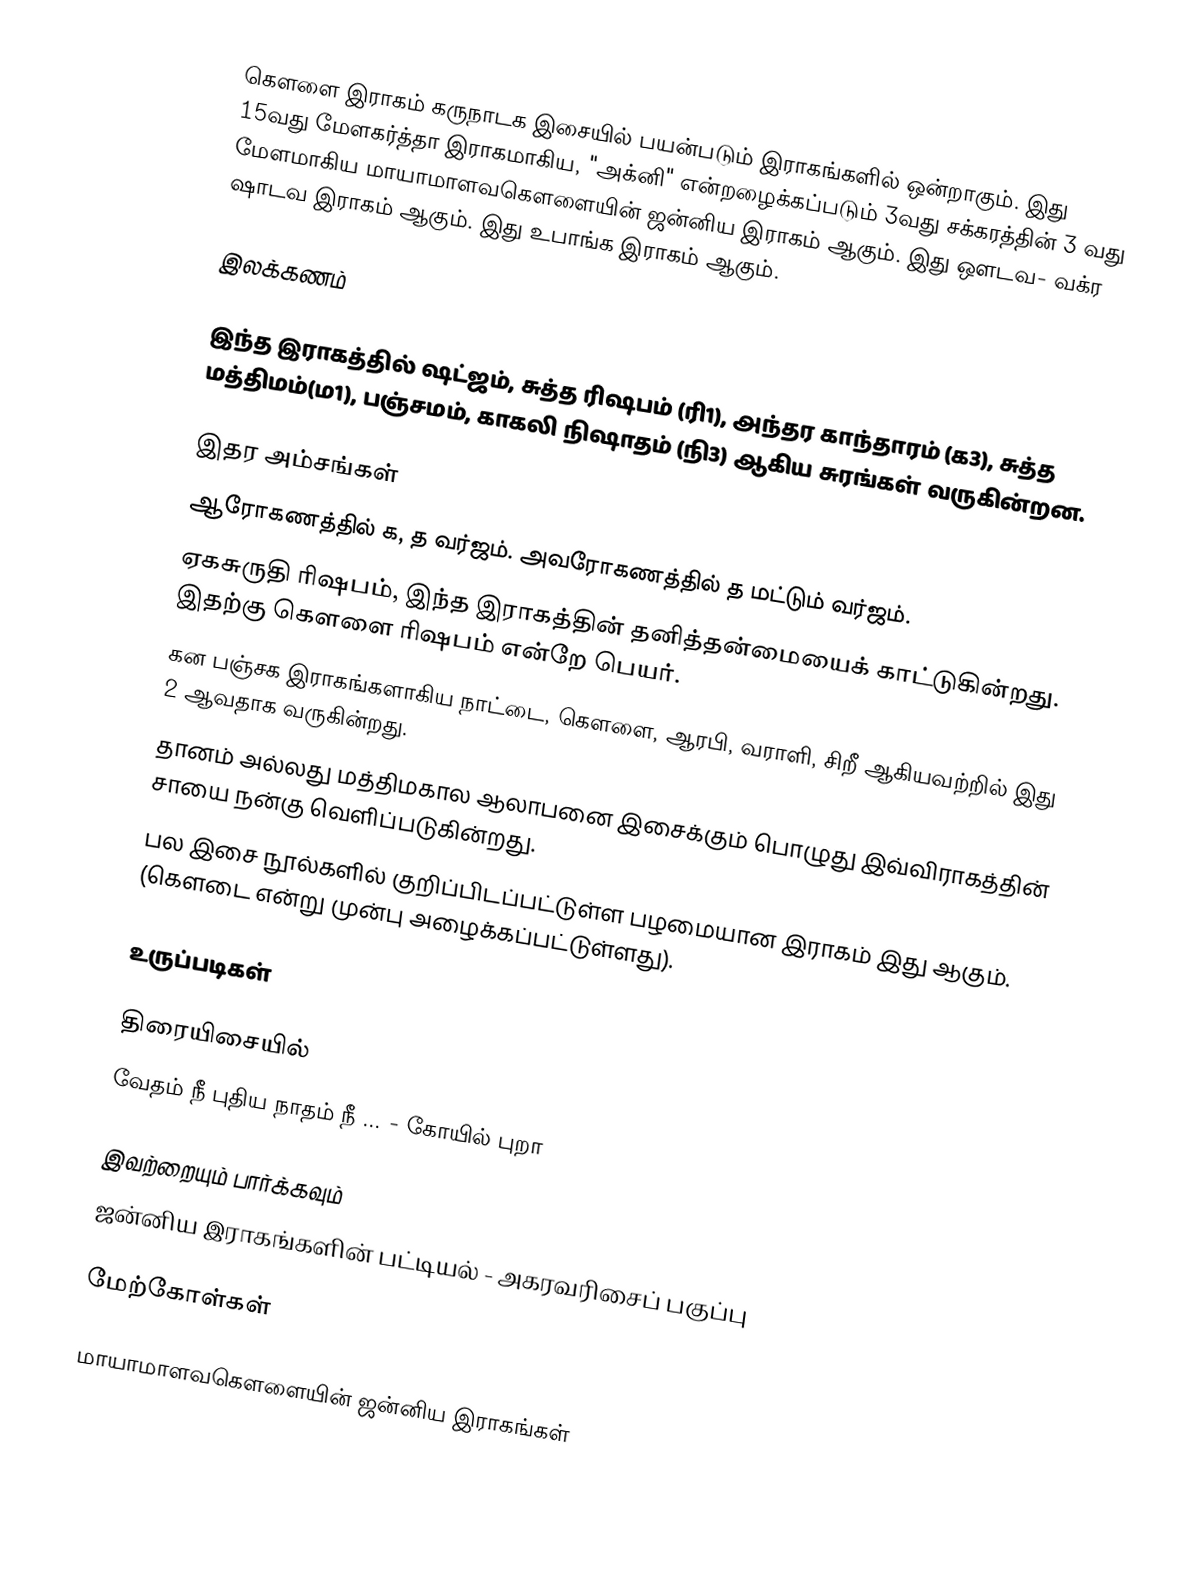
கௌளை இராகம் கருநாடக இசையில் பயன்படும் இராகங்களில் ஒன்றாகும். இது 15வது மேளகர்த்தா இராகமாகிய, "அக்னி" என்றழைக்கப்படும் 3வது சக்கரத்தின் 3 வது மேளமாகிய மாயாமாளவகௌளையின் ஜன்னிய இராகம் ஆகும். இது ஔடவ- வக்ர ஷாடவ இராகம் ஆகும். இது உபாங்க இராகம் ஆகும்.

இலக்கணம்

 இந்த இராகத்தில் ஷட்ஜம், சுத்த ரிஷபம் (ரி1), அந்தர காந்தாரம் (க3), சுத்த மத்திமம்(ம1), பஞ்சமம், காகலி நிஷாதம் (நி3) ஆகிய சுரங்கள் வருகின்றன.

இதர அம்சங்கள்
 ஆரோகணத்தில் க, த வர்ஜம். அவரோகணத்தில் த மட்டும் வர்ஜம்.
 ஏகசுருதி ரிஷபம், இந்த இராகத்தின் தனித்தன்மையைக் காட்டுகின்றது. இதற்கு கௌளை ரிஷபம் என்றே பெயர்.
 கன பஞ்சக இராகங்களாகிய நாட்டை, கௌளை, ஆரபி, வராளி, சிறீ ஆகியவற்றில் இது 2 ஆவதாக வருகின்றது.
 தானம் அல்லது மத்திமகால ஆலாபனை இசைக்கும் பொழுது இவ்விராகத்தின் சாயை நன்கு வெளிப்படுகின்றது.
 பல இசை நூல்களில் குறிப்பிடப்பட்டுள்ள பழமையான இராகம் இது ஆகும். (கௌடை என்று முன்பு அழைக்கப்பட்டுள்ளது).

உருப்படிகள்

திரையிசையில்
 வேதம் நீ புதிய நாதம் நீ ... - கோயில் புறா

இவற்றையும் பார்க்கவும்
 ஜன்னிய இராகங்களின் பட்டியல் - அகரவரிசைப் பகுப்பு

மேற்கோள்கள்

மாயாமாளவகௌளையின் ஜன்னிய இராகங்கள்